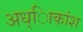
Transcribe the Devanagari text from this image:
अध्ािकांश